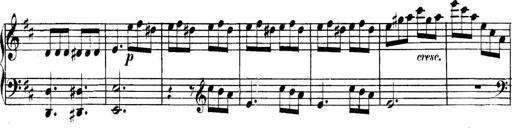
Title: Collected Piano Sonatas
Composer: Muzio Clementi